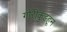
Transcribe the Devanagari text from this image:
गौरीकुंडहून